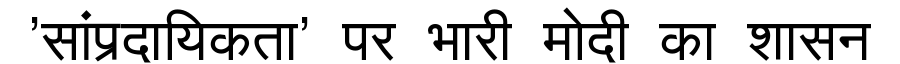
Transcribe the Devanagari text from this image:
'सांप्रदायिकता' पर भारी मोदी का शासन